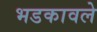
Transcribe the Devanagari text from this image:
भडकावले